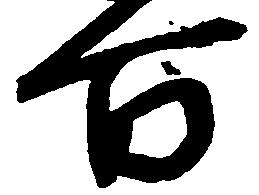
百